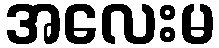
အလေးမ